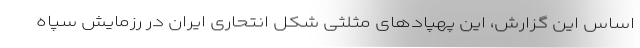
اساس این گزارش، این پهپادهای مثلثی شکل انتحاری ایران در رزمایش سپاه